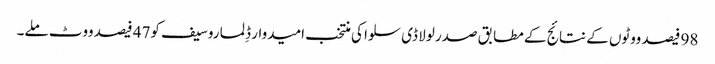
98 فیصد ووٹوں کے نتائج کے مطابق صدر لولا ڈی سلوا کی منتخب امیدوار ڈِلما روسیف کو47 فیصد ووٹ ملے۔